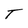
Character: T